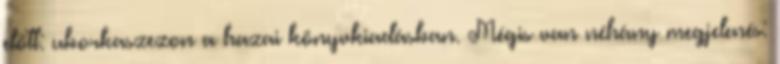
előtt: uborkaszezon a hazai könyvkiadásban. Mégis van néhány megjelenés: